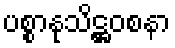
ပစ္စာနုသိဋ္ဌဝစနာ